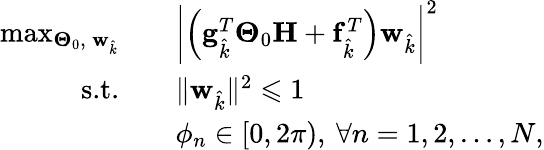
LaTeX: \begin{array}{rl}{\operatorname*{max}_{\boldsymbol{\Theta}_{0},\: \mathbf{w}_{\hat{k}}}\quad}&{\biggl|\Bigl(\mathbf{g}_{\hat{k}}^{T}\boldsymbol{\Theta}_{0}\mathbf{H}+\mathbf{f}_{\hat{k}}^{T}\Bigr)\mathbf{w}_{\hat{k}}\biggr|^{2}}\\ {\textrm{s.t.}\quad}&{\| \mathbf{w}_{\hat{k}}\| ^{2}\leqslant 1}\\ {\quad}&{\phi_{n}\in[0,2\pi),\: \forall n=1,2,\ldots,N,}\end{array}